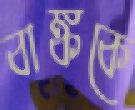
বাঙ্ককে